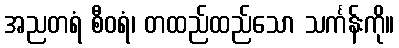
အညတရံ စီဝရံ၊ တထည်ထည်သော သင်္ကန်းကို။